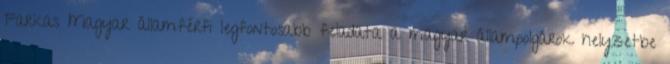
Farkas Magyar államférfi legfontosabb feladata a magyar állampolgárok helyzetbe